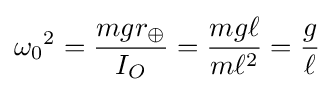
{\omega _{0}}^{2}={\frac {mgr_{\oplus }}{I_{O}}}={\frac {mg\ell }{m\ell ^{2}}}={\frac {g}{\ell }}